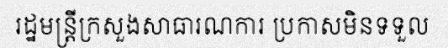
រដ្ឋមន្ត្រីក្រសួងសាធារណការ ប្រកាសមិនទទួល